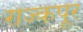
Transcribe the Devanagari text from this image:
राज्कपूर